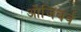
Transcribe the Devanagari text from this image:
ओजिबर्व